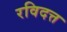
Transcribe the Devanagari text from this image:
रविदत्त